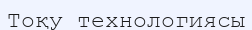
Тоқу технологиясы